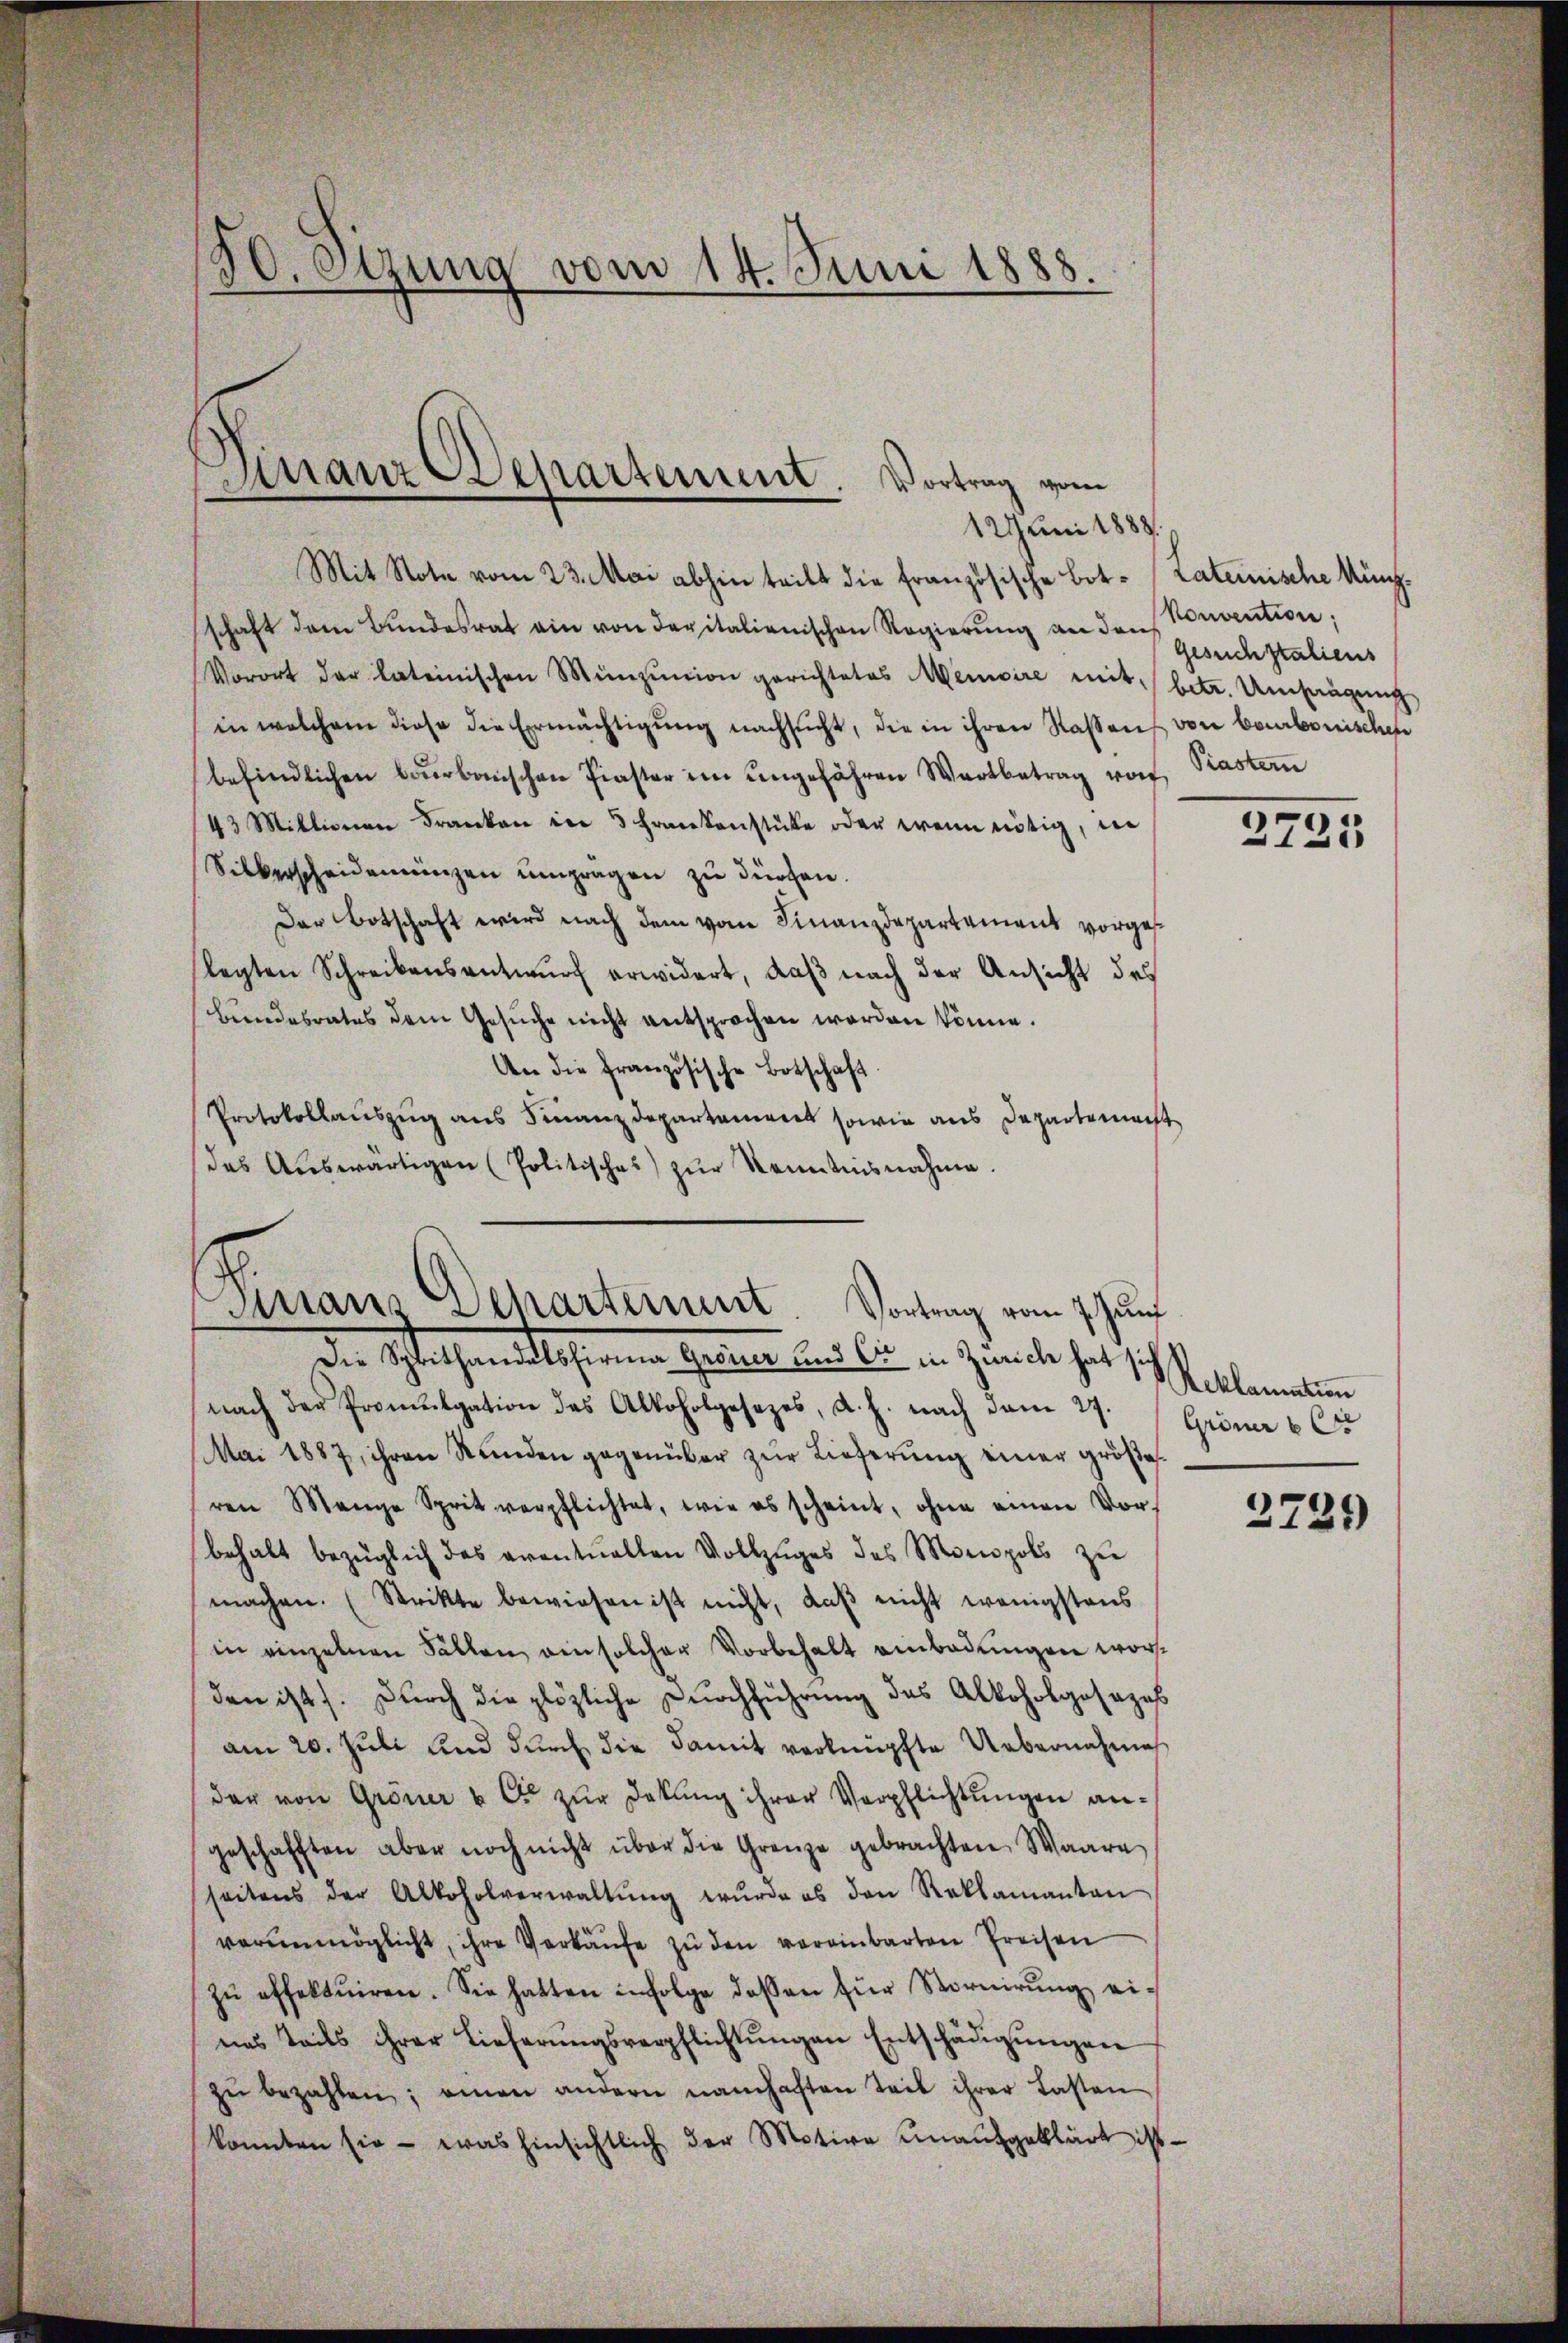
50. Stzung vom 14. Juni 1888.

Finanz Departement. Vortrag vom

Sirraus Departement. Vortrag vom 7. Zunf

12 Juni 1888.
Mit Note vom 23. Mai abhin teilt die französische Bot- Laterische Küngschaft dem Bundesrat ein von der italienischen Regierung an den Konvention,
Vorort der lateinischen Münzŭnion gerichtetes Memoire mit betr. Umfangung
in welchem diese die Ermächtigŭng nachsucht, die in ihren Rassens von beurbonischen
befindlichen Bŭrbanschen Paster im ungefähren Wartbetrag von Prastern
43 Mittionen Franken in 3 Frankenstücke oder wenn nötig, in
Silberscheidemünzen ŭmprägen zu dürfen.
Der Botschaft wird nach dem vom Finanzdepartement vorgeslegten Schreibensentwurf erwidert, daß nach der Ansicht des
bundesrates dem Gesŭche nicht entsprochen worden könne.
An die Französische Botschaft
Protokollauszug aus Finanzdepartement sowie aus Departemacht
das Aŭswärtigen (Politisches) zŭr Kenntnisnahme.
Die Schlethandlicherung gebenen aus die in Ziele hat sich
nach der Promulgation des Alkoholgesezes, d. h. nach dem 27.
Mai 1887, ihren Stunden gegenüber zŭr Lieferung einer größeren Mange Sprit verpflichtet, wie es scheint, ohne einen Vorbehalt bezüglich des eventuellen Vollzŭges des Monopols zu
machen. (Strikte bewiesen ist nicht, daβ nicht wenigstens
in einzelnen Fällen ein solcher Vorbehalt einbadungen worden ist. Durch die plötzliche Durchführung des Alkoholgosazes
am 20. Juli und durch die damit verknüpfte Uebernahmes
der von Gröner u C. zur Dekŭng ihrer Verpflichtungen angeschafften aber noch nicht über die Grenze gebrachten Waare
(seitens der Alkoholverwaltŭng wurde es den Reklamanten
verunmöglicht, ihre Verkäufe zu den vereinbarten Preisen
zŭ effektuiren. Sie hatten infolge dessen für Vornirŭng ei-
nes Teils ihrer Lieferŭngsverpflichtŭngen Entschädigŭngen
zŭ bezahlen; einen andern namhaften Teil ihrer Lasten
konnten sie - was hinsichtlich der Motive unaufgeklärt ist.

Gesuchstaliens

2725

Reklamation
Gröner 6 C

2729